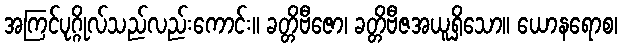
အကြင်ပုဂ္ဂိုလ်သည်လည်းကောင်း။ ခတ္တိဗီဇော၊ ခတ္တိဗီဇအယူရှိသော။ ယောနရောစ၊